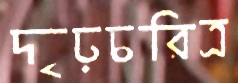
দৃঢ়চরিত্র